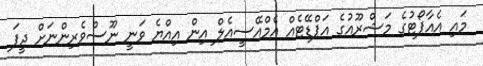
މައި އެއާޕޯޓުގެ މަޝްރޫއުގެ އަޕްޑޭޓެއް އެމްއޭސީއެލް އިން އިއްޔެ ވަނީ ނޫސްވެރިންނަށް ދީފަ